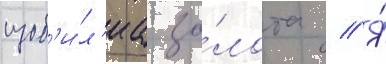
изоб'и́л'иа зо́лота // Я́